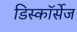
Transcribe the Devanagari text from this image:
डिस्कॉर्सेज